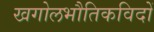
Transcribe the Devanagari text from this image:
खगोलभौतिकविदों